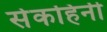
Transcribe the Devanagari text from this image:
सेकहिनी